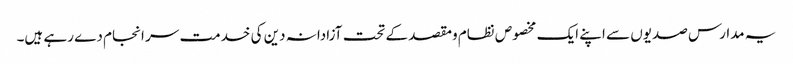
یہ مدارس صدیوں سے اپنے ایک مخصوص نظام ومقصد کے تحت آزادانہ دین کی خدمت سر انجام دے رہے ہیں۔